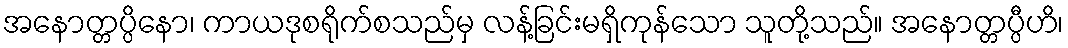
အနောတ္တပ္ပိနော၊ ကာယဒုစရိုက်စသည်မှ လန့်ခြင်းမရှိကုန်သော သူတို့သည်။ အနောတ္တပ္ပီဟိ၊